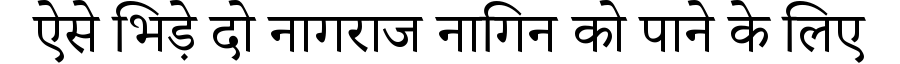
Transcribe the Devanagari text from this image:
ऐसे भिड़े दो नागराज नागिन को पाने के लिए